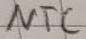
Text: NTC